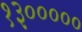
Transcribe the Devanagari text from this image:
१३०००००